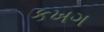
કખગ